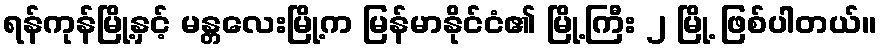
ရန်ကုန်မြို့နှင့် မန္တလေးမြို့က မြန်မာနိုင်ငံ၏ မြို့ကြီး ၂ မြို့ ဖြစ်ပါတယ်။